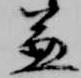
兼